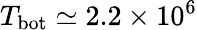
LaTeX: T_{\mathrm{bot}}\simeq 2.2\times 10^{6}